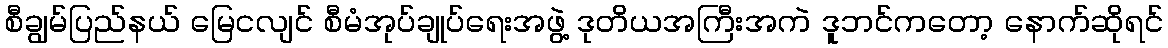
စီချွမ်ပြည်နယ် မြေငလျင် စီမံအုပ်ချုပ်ရေးအဖွဲ့ ဒုတိယအကြီးအကဲ ဒူဘင်ကတော့ နောက်ဆိုရင်